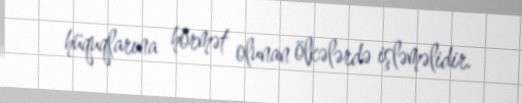
hüquqlarına hörmət olunan ölkələrdə işləməlidir.